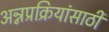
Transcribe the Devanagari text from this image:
अन्नप्रक्रियांसाठी